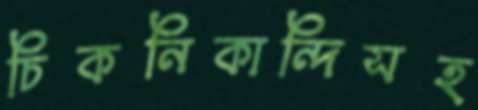
চিকনিকান্দিসহ